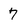
Character: 7